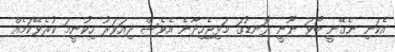
އެކަނި ނެގޭނީ ބޯވަ ނޫނީ ރޮނޑުގަ މަޅިޖެހިދާނެ އެވެސް ދިއަވަރު ހިކުނީމަ ކުރެވޭކަމެއް